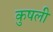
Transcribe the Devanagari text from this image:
कुषली